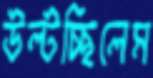
উল্‌টচ্ছিলেম